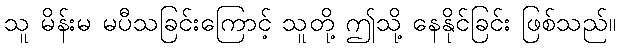
သူ မိန်းမ မပီသခြင်းကြောင့် သူတို့ ဤသို့ နေနိုင်ခြင်း ဖြစ်သည်။